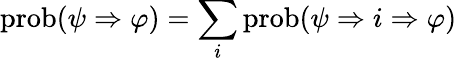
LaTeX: \operatorname{prob}(\psi\Rightarrow\varphi)=\sum_{i}\operatorname{prob}(\psi\Rightarrow i\Rightarrow\varphi)